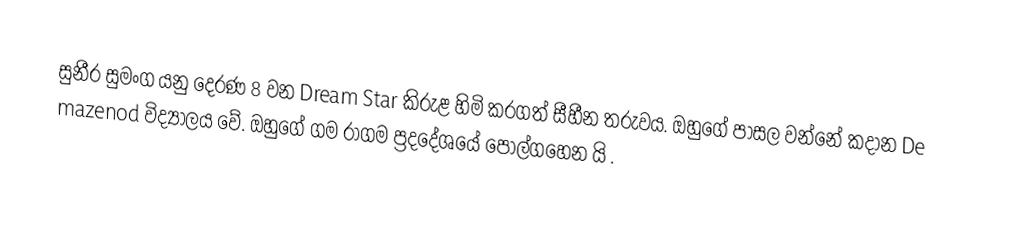
සුනීර සුමංග යනු දෙරණ 8 වන Dream Star කිරුළ හිමි කරගත් සීහීන තරුවය. ඔහුගේ පාසල වන්නේ කදාන De mazenod විද්‍යාලය වේ. ඔහුගේ ගම රාගම ප්‍රදදේශයේ පොල්ගහෙන යි .